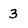
Character: 3